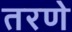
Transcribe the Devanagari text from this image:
तरणे